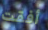
أفقت